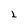
Character: 2